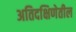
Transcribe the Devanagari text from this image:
अतिदक्षिणेतील